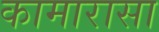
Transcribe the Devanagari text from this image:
कामारासा